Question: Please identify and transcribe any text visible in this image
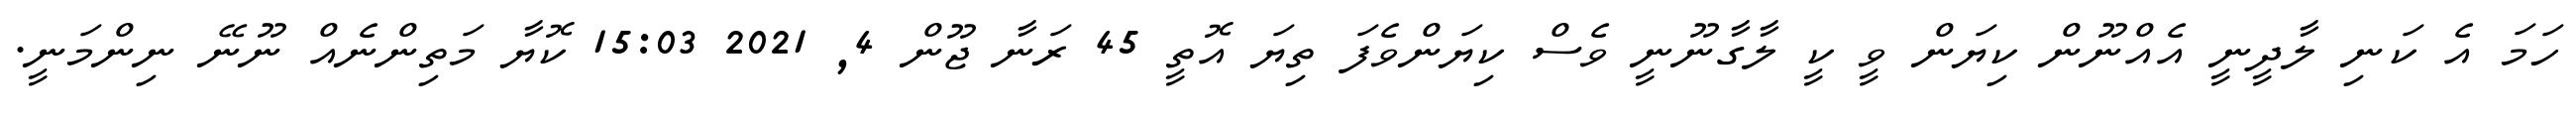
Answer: ހަމަ އެ ކަނި ލާދީނީ އެއްނޫން ކިޔަން ވީ ކީ ލާގާނޫނީ ވެސް ކިޔަންވެފަ ތިޔަ އޮތީ 45 ރަނާ ޖޫން 4, 2021 15:03 ކޮޔާ މަތިންނެއް ނޫނޭ ނިންމަނީ.